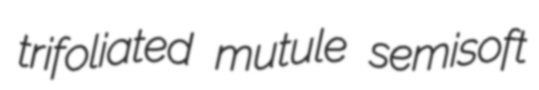
trifoliated mutule semisoft